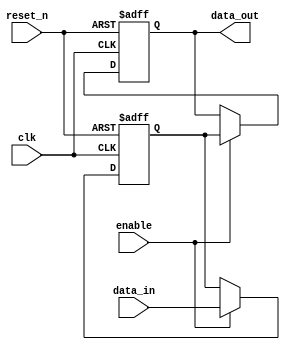
module event_control_example (
    input wire clk,            // Clock signal
    input wire reset_n,        // Active low reset signal
    input wire enable,         // Enable signal
    input wire [3:0] data_in,  // 4-bit input data
    output reg [3:0] data_out  // 4-bit output data
);

    // Internal state variable
    reg [3:0] internal_state;

    // Event control block
    always @ (posedge clk or negedge reset_n) begin
        if (!reset_n) begin
            // Reset condition
            internal_state <= 4'b0000;
            data_out <= 4'b0000;
        end else if (enable) begin
            // Update internal state and output based on input data
            internal_state <= data_in; // Non-blocking assignment
            data_out <= internal_state; // Blocking assignment
        end
    end

    // Additional event block to react on changes in the output data
    always @ (data_out) begin
        // Conditional behavior based on the output value
        if (data_out == 4'b1111) begin
            // Perform some action when output is all ones
            $display("Output is all ones at time %t", $time);
        end else if (data_out[0] == 1'b1) begin
            // Perform some action when the least significant bit is 1
            $display("LSB is set at time %t", $time);
        end
    end

endmodule